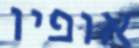
אופיו